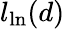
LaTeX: l_{\mathrm{ln}}(d)